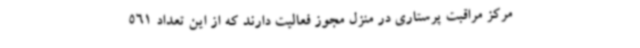
مرکز مراقبت پرستاری در منزل مجوز فعالیت دارند که از این تعداد 561